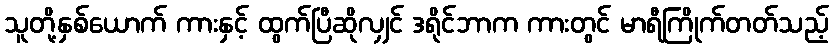
သူတို့နှစ်ယောက် ကားနှင့် ထွက်ပြီဆိုလျှင် ဒရိုင်ဘာက ကားတွင် မာရီကြိုက်တတ်သည့်